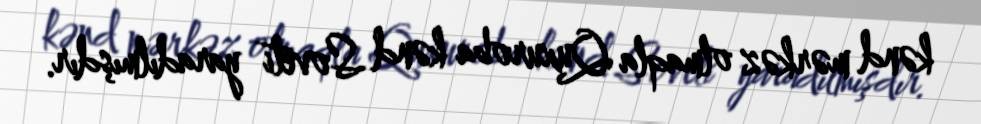
kənd mərkəz olmaqla Quxuroba kənd Soveti yaradılmışdır.